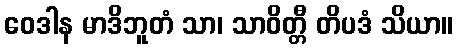
ဝေဒါန မာဒိဘူတံ သာ၊ သာဝိတ္တီ တိပဒံ သိယာ။